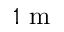
1 \textrm { m }